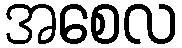
အစေလ